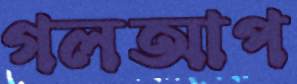
গলআপ